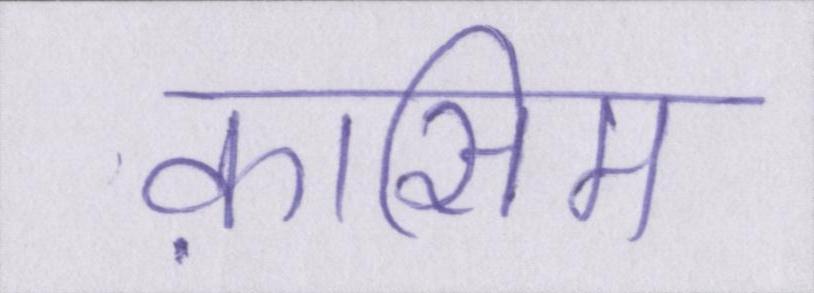
क़ासिम